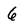
Character: 6